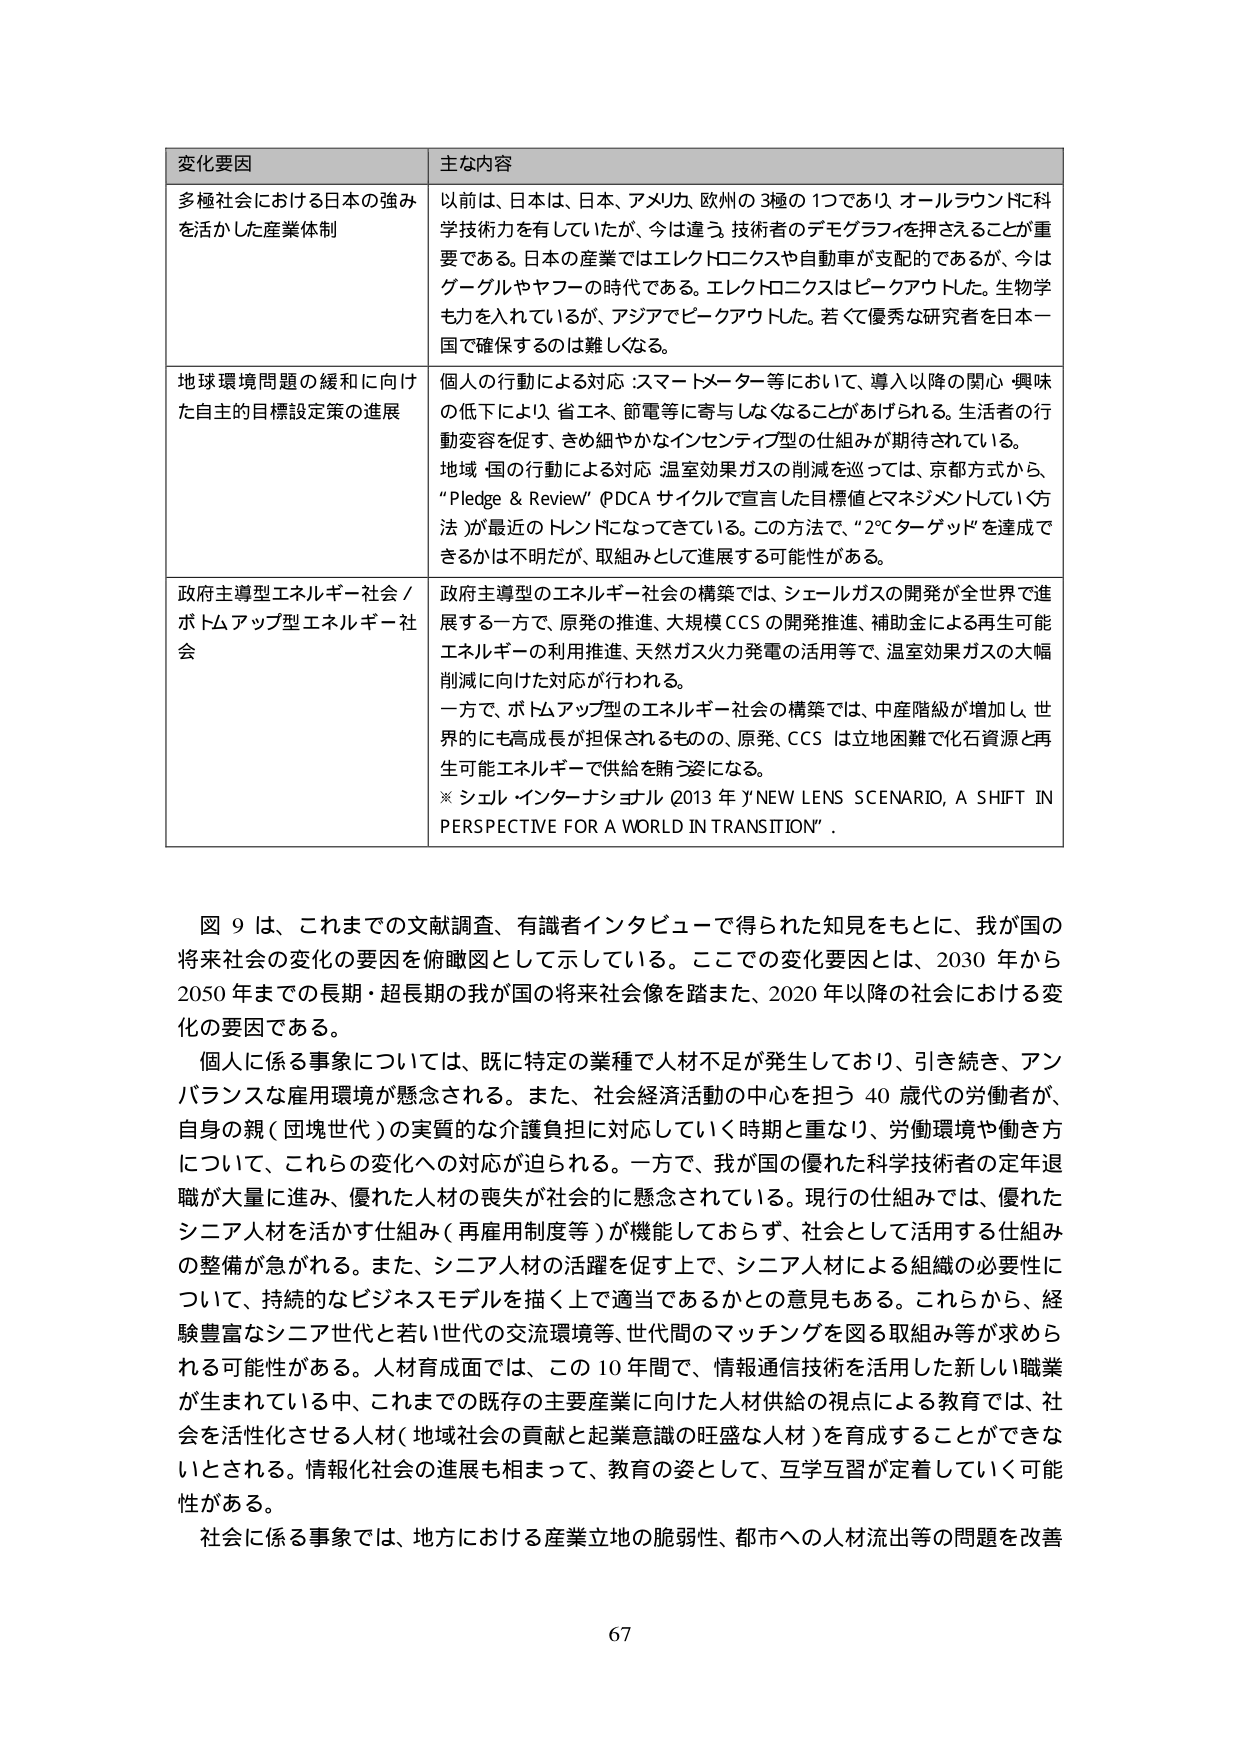
変化要因 主な内容
多極社会における日本の強みを活かした産業体制 以前は、日本は、日本、アメリカ、欧州の3極の1つであり、オールラウンドに科学技術力を有していたが、今は違う。技術者のデモグラフィを押さえることが重要である。日本の産業ではエレクトロニクスや自動車が支配的であるが、今はゲーブルやヤフーの時代である。エレクトロニクスはピークアウトした。生物学も力を入れているが、アジアでピークアウトした。若くて優秀な研究者を日本一国で確保するのは難しくなる。
地球環境問題の緩和に向けた自主的目標設定策の進展 個人の行動による対応：スマートメーター等において、導入以降の関心・興味の低下により、省エネ、節電等に寄与しなくなることがあげられる。生活者の行動変容を促す、きめ細やかなインセンティブ型の仕組みが期待されている。地域・国の行動による対応：温室効果ガスの削減を巡っては、京都方式から、「Pledge & Review」（PDCAサイクルで宣言した目標値とマネジメントしていく方法）が最近のトレンドになってきている。この方法で、「2℃ターゲット」を達成できるかは不明だが、取組みとして進展する可能性がある。
政府主導型エネルギー社会／ボトムアップ型エネルギー社会 政府主導型のエネルギー社会の構築では、シェールガスの開発が全世界で進展する一方で、原発の推進、大規模CCSの開発推進、補助金による再生可能エネルギーの利用推進、天然ガス火力発電の活用等で、温室効果ガスの大幅削減に向けた対応が行われる。一方で、ボトムアップ型のエネルギー社会の構築では、中産階級が増加し、世界的にも高成長が担保されるものの、原発、CCSは立地困難で化石資源と再生可能エネルギーで供給を賄う姿になる。※ シェル・インターナショナル（2013年）「NEW LENS SCENARIO, A SHIFT IN PERSPECTIVE FOR A WORLD IN TRANSITION」。
図9は、これまでの文献調査、有識者インタビューで得られた知見をもとに、我が国の将来社会の変化の要因を俯瞰図として示している。ここでの変化要因とは、2030年から2050年までの長期・超長期の我が国の将来社会像を踏まえた、2020年以降の社会における変化の要因である。
個人に係る事象については、既に特定の業種で人材不足が発生しており、引き続き、アンバランスな雇用環境が懸念される。また、社会経済活動の中心を担う40歳代の労働者が、自身の親（団塊世代）の実質的な介護負担に対応していく時期と重なり、労働環境や働き方について、これらの変化への対応が迫られる。一方で、我が国の優れた科学技術者の定年退職が大量に進み、優れた人材の喪失が社会的に懸念されている。現行の仕組みでは、優れたシニア人材を活かす仕組み（再雇用制度等）が機能しておらず、社会として活用する仕組みの整備が急がれる。また、シニア人材の活躍を促す上で、シニア人材による組織の必要性について、持続的なビジネスモデルを描く上で適当であるかとの意見もある。これらから、経験豊富なシニア世代と若い世代の交流環境等、世代間のマッチングを図る取組み等が求められる可能性がある。人材育成面では、この10年間で、情報通信技術を活用した新しい職業が生まれている中、これまでの既存の主要産業に向けた人材供給の視点による教育では、社会を活性化させる人材（地域社会の貢献と起業意識の旺盛な人材）を育成することができないとされる。情報化社会の進展も相まって、教育の姿として、互学互習が定着していく可能性がある。
社会に係る事象では、地方における産業立地の脆弱性、都市への人流流出等の問題を改善
67